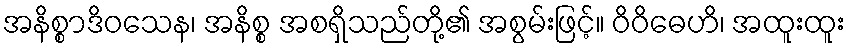
အနိစ္စာဒိဝသေန၊ အနိစ္စ အစရှိသည်တို့၏ အစွမ်းဖြင့်။ ဝိဝိဓေဟိ၊ အထူးထူး